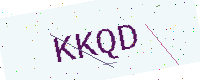
Text: KKQD